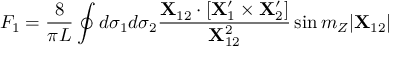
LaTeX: F _ { 1 } = { \frac { 8 } { \pi L } } \oint d \sigma _ { 1 } d \sigma _ { 2 } { \frac { { \bf X } _ { 1 2 } \cdot [ { \bf X } _ { 1 } ^ { \prime } \times { \bf X } _ { 2 } ^ { \prime } ] } { { \bf X } _ { 1 2 } ^ { 2 } } } \sin m _ { Z } | { \bf X } _ { 1 2 } |